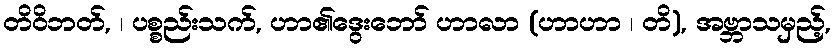
တိဝိဘတ်, ၊ ပစ္စည်းသက်, ဟာ၏ဒွေးဘော် ဟာလာ (ဟာဟာ ၊ တိ), အဗ္ဘာသမှည့်,